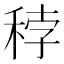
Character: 𥞳